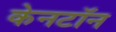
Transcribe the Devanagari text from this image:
केनटॉन